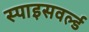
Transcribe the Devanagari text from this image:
स्पाइसवर्ल्ड